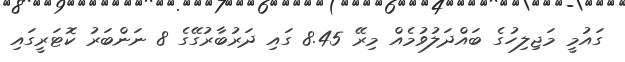
ގައުމީ މަޖިލިހުގެ ބައްދަލުވުމެއް މިރޭ 8.45 ގައި ދަރުބާރުގޭގެ 8 ނަންބަރު ކޮޓަރީގައި